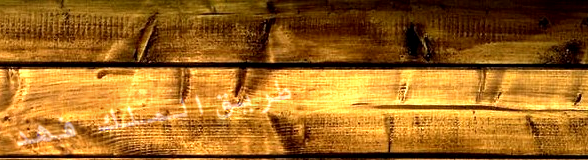
طريق الملك فهد